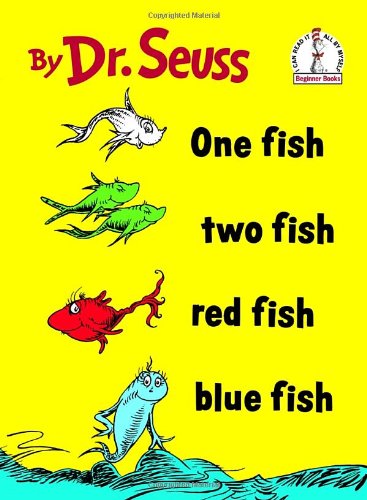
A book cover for One Fish Two Fish Red Fish Blue Fish (I Can Read It All by Myself); Dr. Seuss; Children's Books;